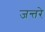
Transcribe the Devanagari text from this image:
जन्तरे